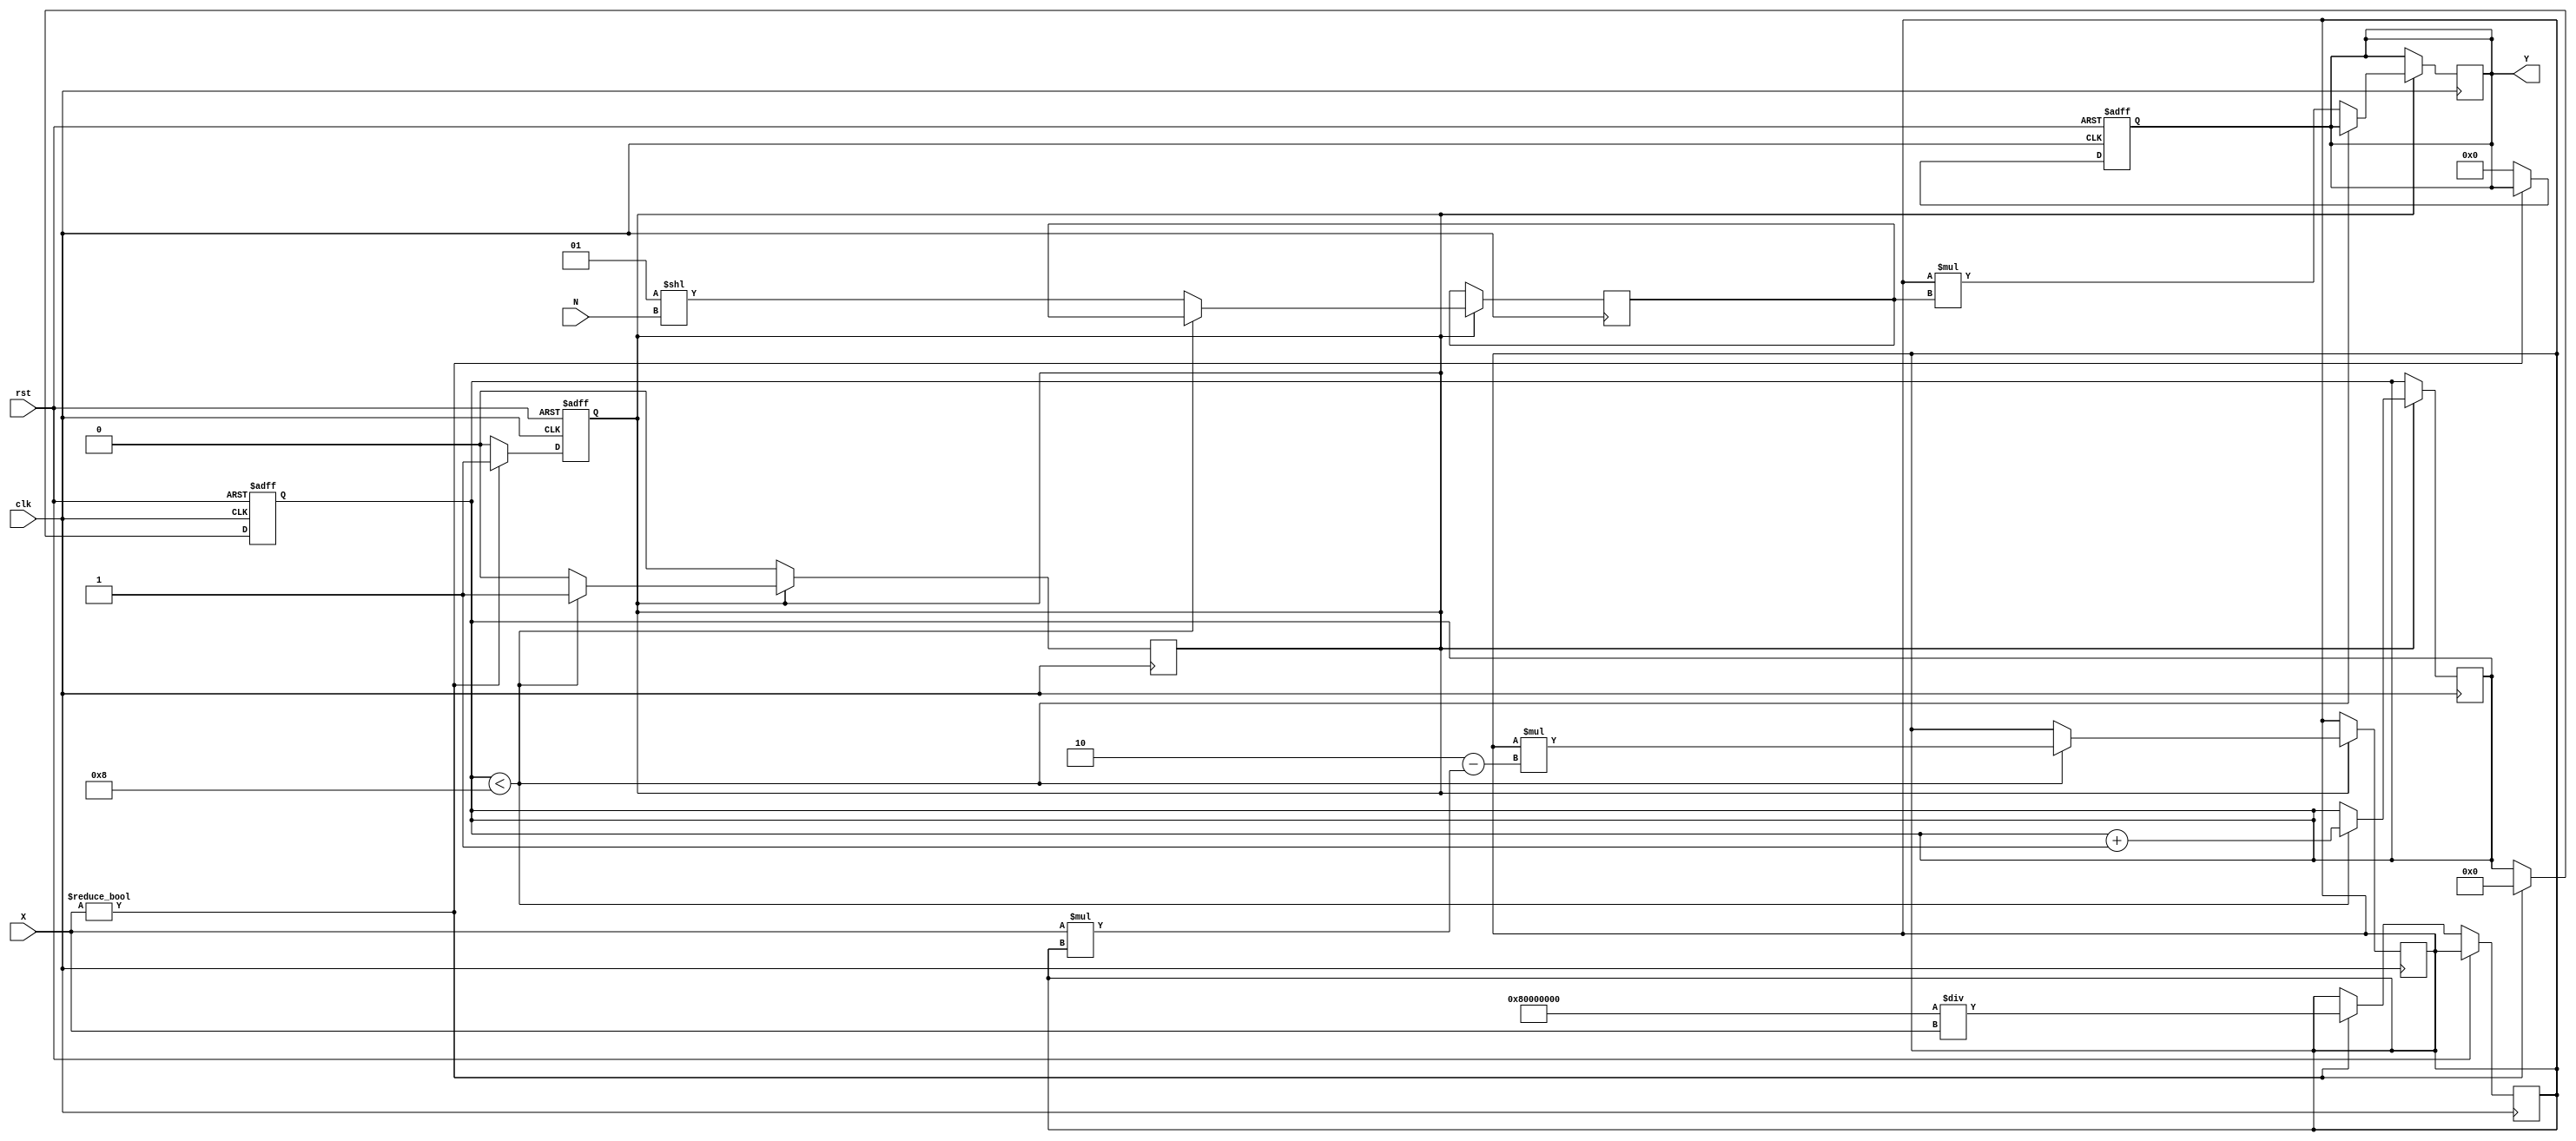
module fractional_order_reciprocal #(
    parameter INPUT_WIDTH = 16,  // Width of input signal
    parameter OUTPUT_WIDTH = 32,  // Width of output signal
    parameter FRACTIONAL_ORDER_WIDTH = 8  // Width for fractional order
)(
    input wire clk,
    input wire rst,
    input wire [INPUT_WIDTH-1:0] X,  // Input signal
    input wire [FRACTIONAL_ORDER_WIDTH-1:0] N,  // Fractional order
    output reg [OUTPUT_WIDTH-1:0] Y  // Output signal
);

    reg [OUTPUT_WIDTH-1:0] reciprocal;  // Intermediate reciprocal value
    reg [OUTPUT_WIDTH-1:0] temp;        // Temporary variable for calculations
    reg [7:0] iteration_count;           // Iteration counter
    reg valid;                           // Valid signal for output
    reg [OUTPUT_WIDTH-1:0] scale_factor; // Scale factor for fractional order

    // Control logic for reciprocal calculation
    always @(posedge clk or posedge rst) begin
        if (rst) begin
            Y <= 0;
            valid <= 0;
            iteration_count <= 0;
        end else begin
            if (X != 0) begin
                // Initialize reciprocal approximation (1/X)
                reciprocal <= {1'b1, {OUTPUT_WIDTH-1{1'b0}}} / X; // Initial guess
                iteration_count <= 0;
                valid <= 1;
            end else begin
                Y <= {OUTPUT_WIDTH{1'b0}}; // Handle division by zero
                valid <= 0;
            end
        end
    end

    // Newton-Raphson iteration for reciprocal calculation
    always @(posedge clk) begin
        if (valid) begin
            if (iteration_count < 8) begin // Limit iterations to avoid infinite loop
                temp <= reciprocal; // Store current reciprocal
                reciprocal <= reciprocal * (2 - (X * reciprocal)); // Newton-Raphson update
                iteration_count <= iteration_count + 1;
            end else begin
                // Scale the result based on the fractional order
                scale_factor <= (1 << N); // Scale factor = 2^N
                Y <= reciprocal * scale_factor; // Final output
                valid <= 0; // Reset valid signal
            end
        end
    end

endmodule